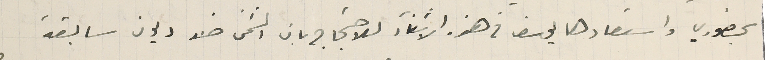
بحضوري واستعادها يوسف فى هذه الاثنآء للاحتجاج بان الثمن ضد ديون سابقة